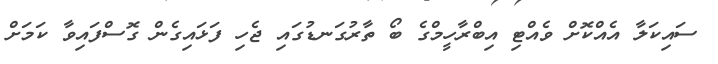
ސައިކަލާ އެއްކޮށް ވެއްޓި އިބްރާހީމްގެ ބޯ ތާރުގަނޑުގައި ޖެހި ފަަޅައިގެން ގޮސްފައިވާ ކަމަށް